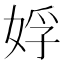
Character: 娐